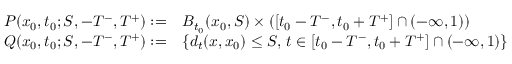
\begin{array} { r l } { P ( x _ { 0 } , t _ { 0 } ; S , - T ^ { - } , T ^ { + } ) : = } & { B _ { t _ { 0 } } ( x _ { 0 } , S ) \times \left( [ t _ { 0 } - T ^ { - } , t _ { 0 } + T ^ { + } ] \cap ( - \infty , 1 ) \right) } \\ { Q ( x _ { 0 } , t _ { 0 } ; S , - T ^ { - } , T ^ { + } ) : = } & { \left\{ d _ { t } ( x , x _ { 0 } ) \le S , \, t \in [ t _ { 0 } - T ^ { - } , t _ { 0 } + T ^ { + } ] \cap ( - \infty , 1 ) \right\} } \end{array}